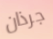
جرذان